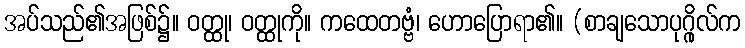
အပ်သည်၏အဖြစ်၌။ ဝတ္ထု၊ ဝတ္ထုကို။ ကထေတဗ္ဗံ၊ ဟောပြောရာ၏။ (စာချသောပုဂ္ဂိုလ်က